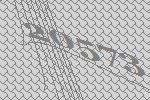
20573